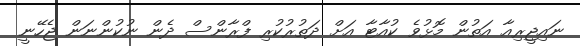
ނައިޖީރިއާ އަތުން މޮޅުވެ ކުއާޓާ އަށް ދަތުރުކުރި ފްރާންސް ދެން ނުކުންނަން ޖެހޭނީ